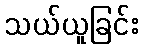
သယ်ယူခြင်း